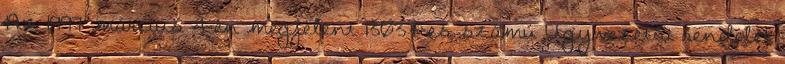
Az 1997 március 4-én megjelent 13037-es számú Ügyvezetői rendelet